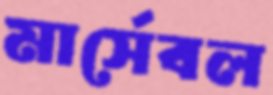
মার্সেবল